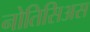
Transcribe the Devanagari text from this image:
नोतिसिअस